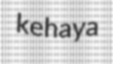
kehaya